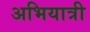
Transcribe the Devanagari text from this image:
अभियात्री